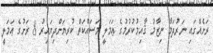
ރަށެއްގައި ނަރުދަމާ ނިޒާމު ޤާއިމުކުރުމުގެ ޢަމަލީ މަސައްކަތް ކުރިޔަށްދިޔައިރު 8 ރަށުގެ ޢަމަލީ